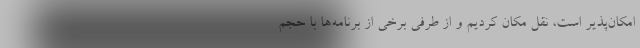
امکان‌پذیر است، نقل مکان کردیم و از طرفی برخی از برنامه‌ها با حجم